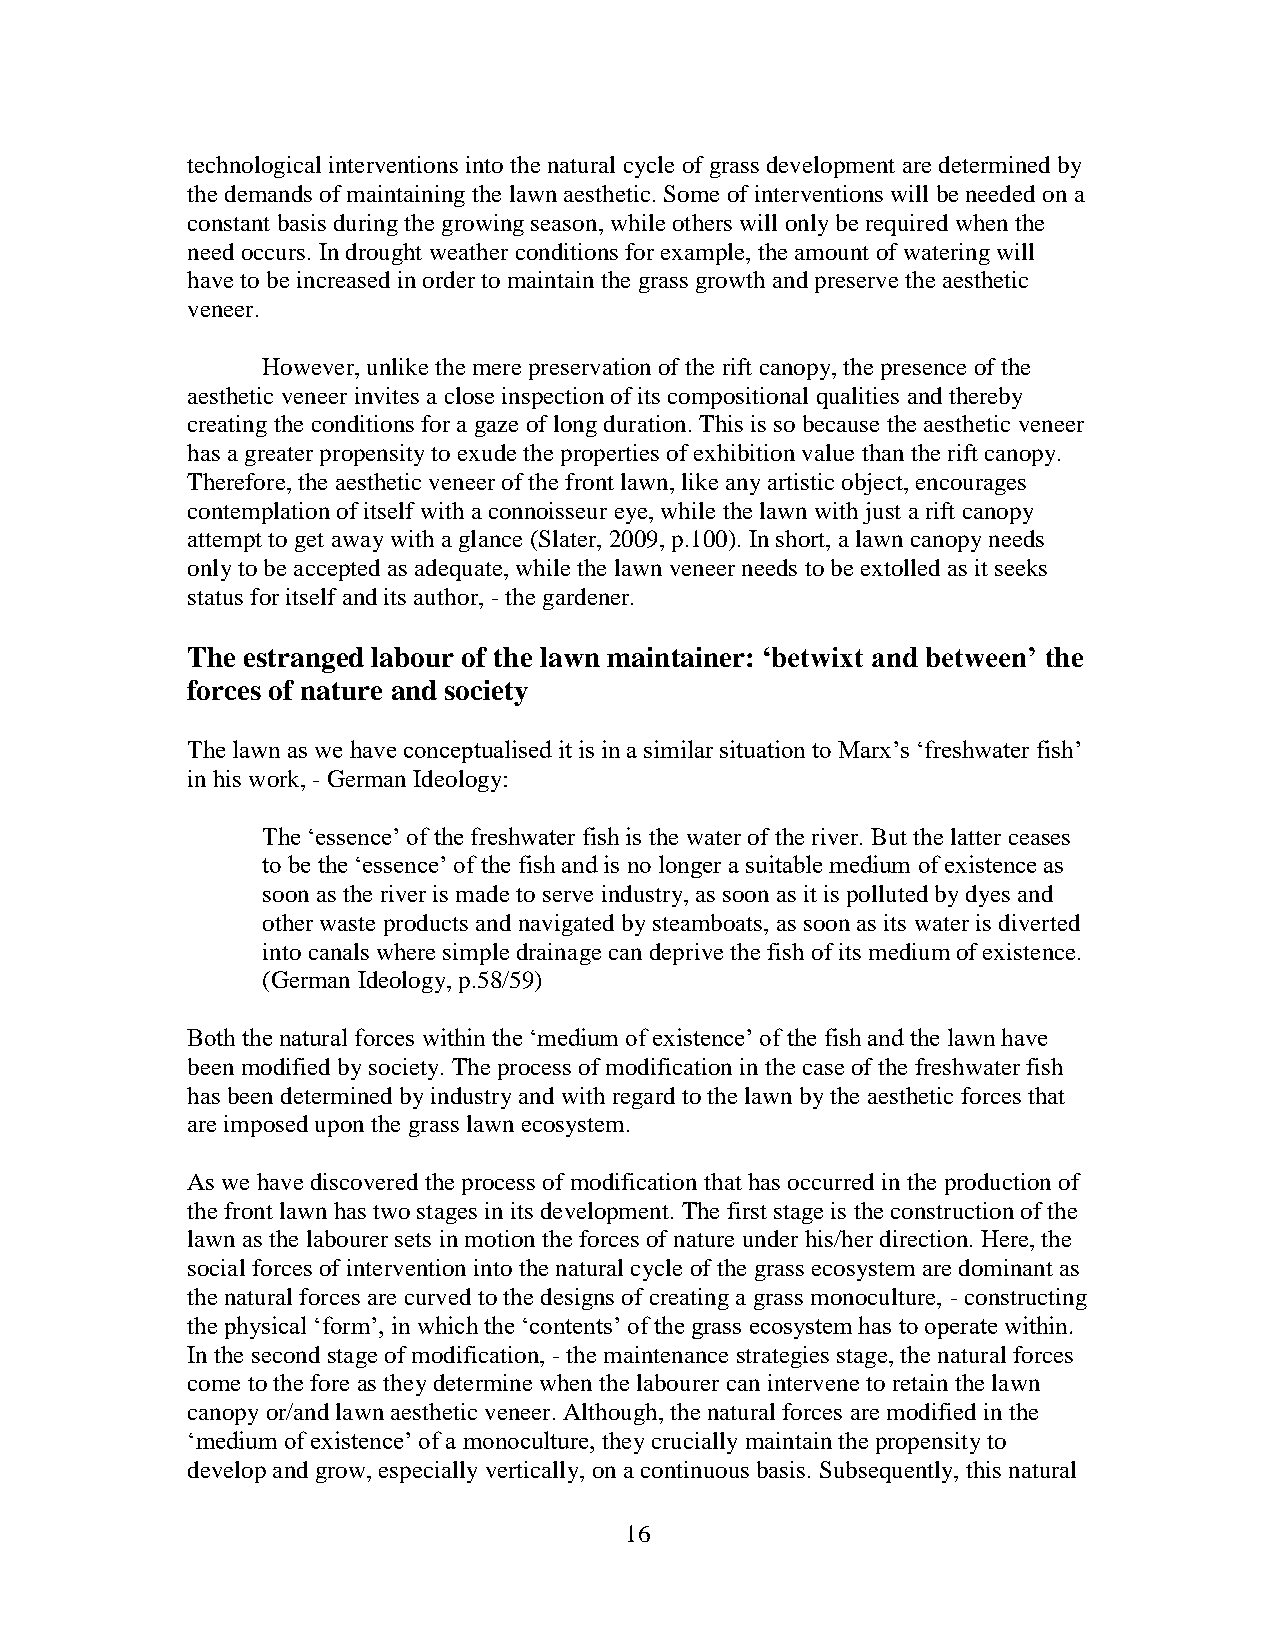
technological interventions into the natural cycle of grass development are determined by
 the demands of maintaining the lawn aesthetic. Some of interventions will be needed on a
 constant basis during the growing season, while others will only be required when the
 need occurs. In drought weather conditions for example, the amount of watering will
 have to be increased in order to maintain the grass growth and preserve the aesthetic
 veneer.
 However, unlike the mere preservation of the rift canopy, the presence of the
 aesthetic veneer invites a close inspection of its compositional qualities and thereby
 creating the conditions for a gaze of long duration. This is so because the aesthetic veneer
 has a greater propensity to exude the properties of exhibition value than the rift canopy.
 Therefore, the aesthetic veneer of the front lawn, like any artistic object, encourages
 contemplation of itself with a connoisseur eye, while the lawn with just a rift canopy
 attempt to get away with a glance (Slater, 2009, p.100). In short, a lawn canopy needs
 only to be accepted as adequate, while the lawn veneer needs to be extolled as it seeks
 status for itself and its author, - the gardener.
 The estranged labour of the lawn maintainer: ‘betwixt and between’ the
 forces of nature and society
 The lawn as we have conceptualised it is in a similar situation to Marx’s ‘freshwater fish’
 in his work, - German Ideology:
 The ‘essence’ of the freshwater fish is the water of the river. But the latter ceases
 to be the ‘essence’ of the fish and is no longer a suitable medium of existence as
 soon as the river is made to serve industry, as soon as it is polluted by dyes and
 other waste products and navigated by steamboats, as soon as its water is diverted
 into canals where simple drainage can deprive the fish of its medium of existence.
 (German Ideology, p.58/59)
 Both the natural forces within the ‘medium of existence’ of the fish and the lawn have
 been modified by society. The process of modification in the case of the freshwater fish
 has been determined by industry and with regard to the lawn by the aesthetic forces that
 are imposed upon the grass lawn ecosystem.
 As we have discovered the process of modification that has occurred in the production of
 the front lawn has two stages in its development. The first stage is the construction of the
 lawn as the labourer sets in motion the forces of nature under his/her direction. Here, the
 social forces of intervention into the natural cycle of the grass ecosystem are dominant as
 the natural forces are curved to the designs of creating a grass monoculture, - constructing
 the physical ‘form’, in which the ‘contents’ of the grass ecosystem has to operate within.
 In the second stage of modification, - the maintenance strategies stage, the natural forces
 come to the fore as they determine when the labourer can intervene to retain the lawn
 canopy or/and lawn aesthetic veneer. Although, the natural forces are modified in the
 ‘medium of existence’ of a monoculture, they crucially maintain the propensity to
 develop and grow, especially vertically, on a continuous basis. Subsequently, this natural
 16